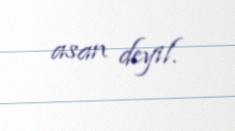
asan deyil.